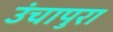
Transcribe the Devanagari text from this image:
उंचापुरा